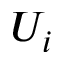
U _ { i }